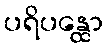
ပရိပန္ထော